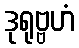
ဒုရုဗ္ဗဟံ